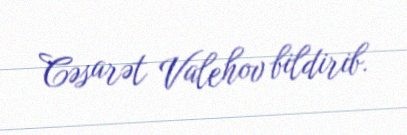
Cəsarət Valehov bildirib.